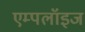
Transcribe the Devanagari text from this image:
एम्पलॉइज